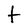
Character: t